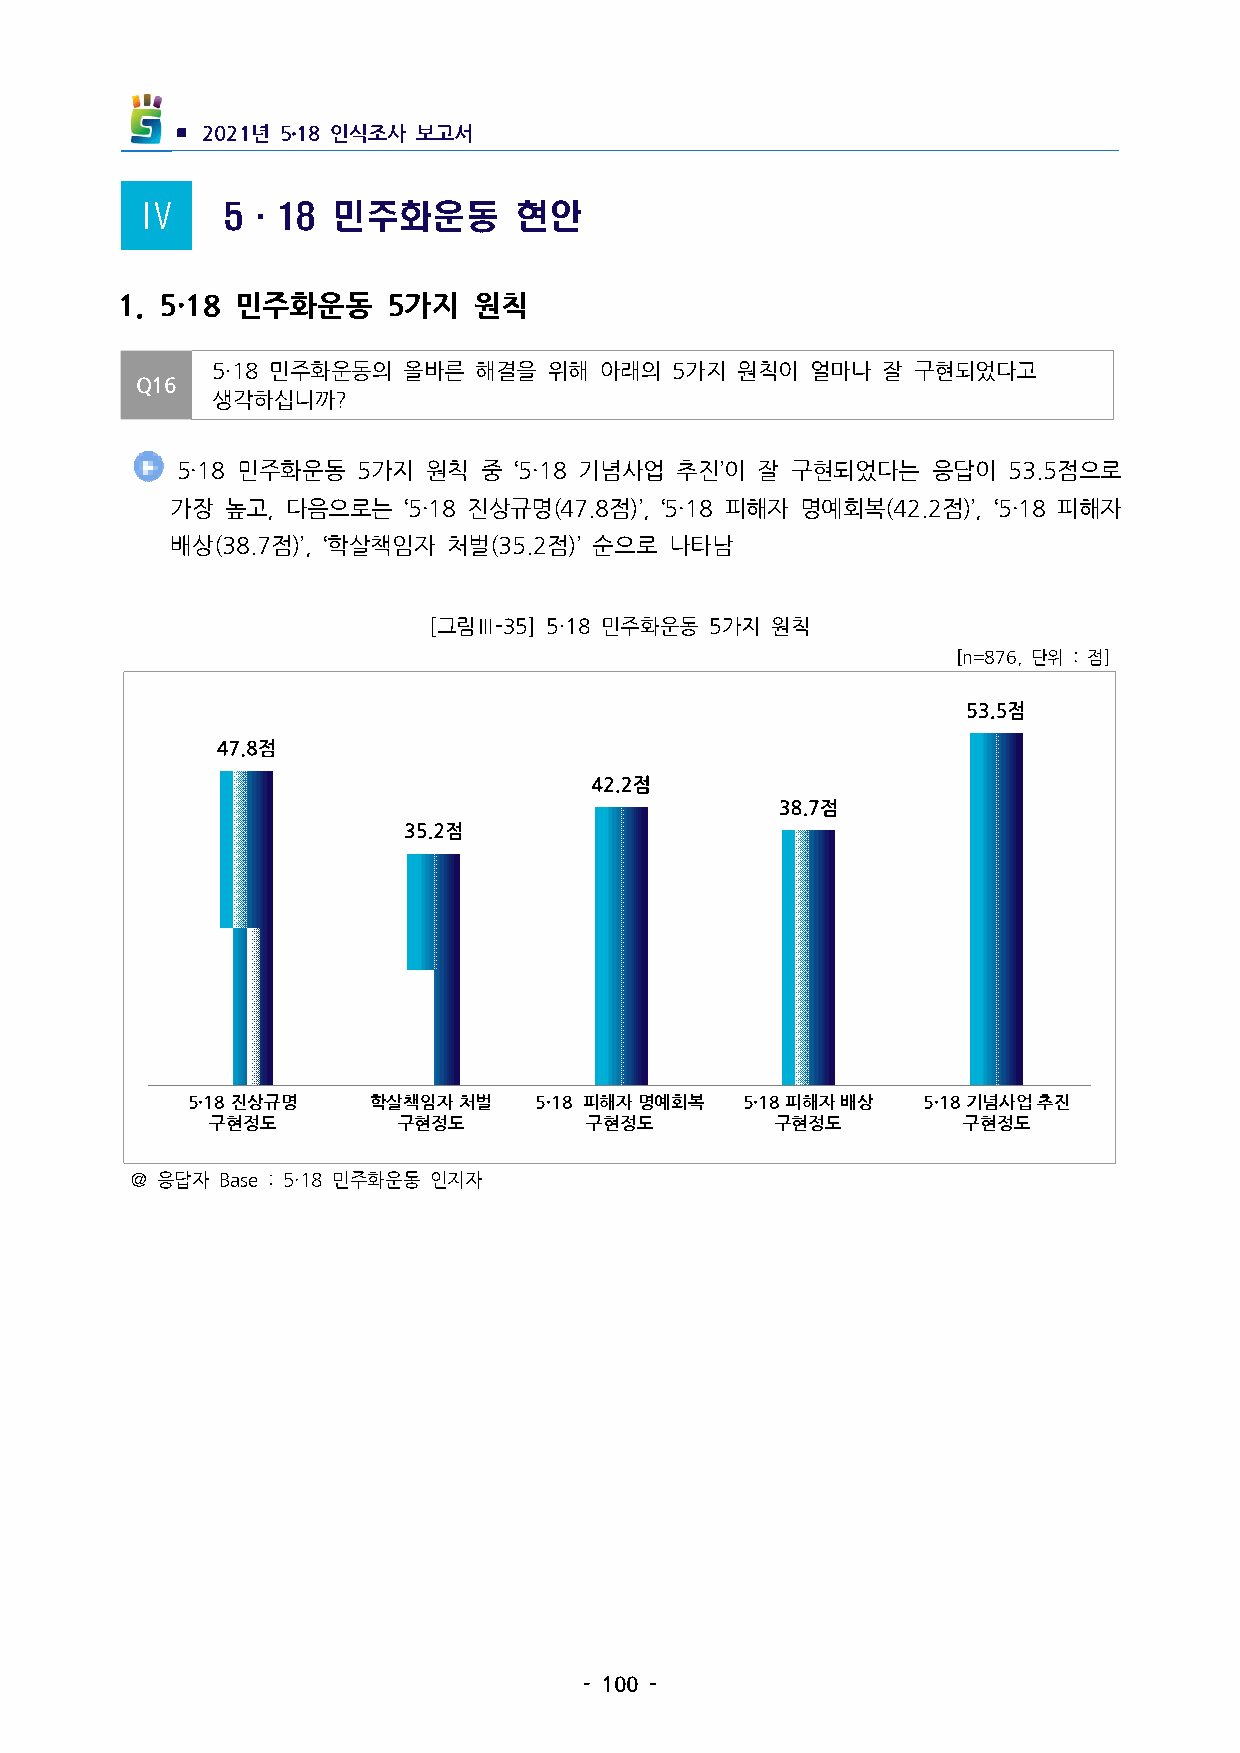
▪ 2021년 5․18인식조사 보고서
 Ⅳ     5·18   민주화운동       현안
 1. 5·18 민주화운동   5가지  원칙
 5·18민주화운동의  올바른 해결을  위해  아래의 5가지  원칙이  얼마나 잘 구현되었다고
 Q16
 생각하십니까?
 5·18민주화운동  5가지 원칙  중 ‘5·18기념사업 추진’이 잘 구현되었다는    응답이  53.5점으로
 가장  높고,다음으로는   ‘5·18진상규명(47.8점)’,‘5·18피해자 명예회복(42.2점)’,‘5·18피해자
 배상(38.7점)’,‘학살책임자 처벌(35.2점)’순으로 나타남
 [그림Ⅲ-35] 5·18민주화운동 5가지 원칙
 [n=876,단위 :점]
 5·18진상규명    학살책임자처벌   5·18 피해자명예회복  5·18피해자배상   5·18기념사업추진
 구현정도        구현정도         구현정도        구현정도         구현정도
 ＠응답자 Base:5·18민주화운동 인지자
 -100-